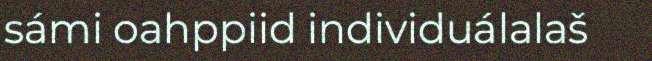
sámi oahppiid individuálalaš